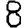
Digit: 8